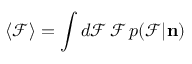
\langle \mathcal { F } \rangle = \int d \mathcal { F } \, \mathcal { F } \, p ( \mathcal { F } | { \bf n } )